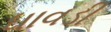
ધાવડી